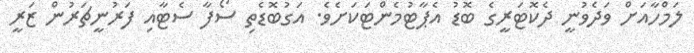
ލަމްހާއަށް ވަދެވުނީ ދެކޮޓަރީގެ ބޮޑު އެޕާޓުމެންޓަކަށެވެ. އަގުބޮޑެތި ސޯފާ ސެޓާއި ފަރުނީޗަރުން ޒަރީ